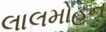
લાલમોહન